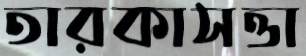
তারকাসত্তা